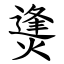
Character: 㷭